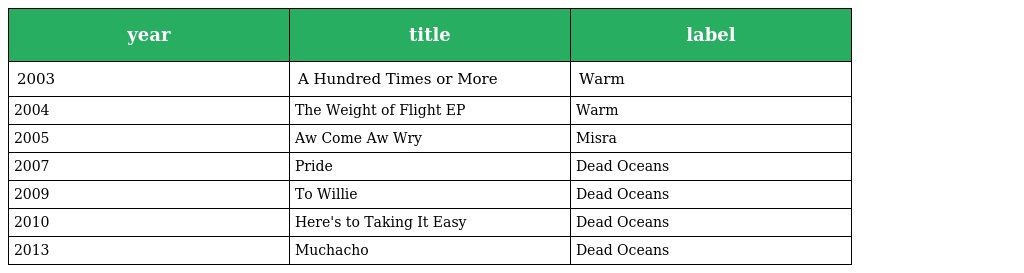
| year | title | label |
 | --- | --- | --- |
 | 2003 | A Hundred Times or More | Warm |
 | 2004 | The Weight of Flight EP | Warm |
 | 2005 | Aw Come Aw Wry | Misra |
 | 2007 | Pride | Dead Oceans |
 | 2009 | To Willie | Dead Oceans |
 | 2010 | Here's to Taking It Easy | Dead Oceans |
 | 2013 | Muchacho | Dead Oceans |